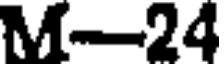
M-24